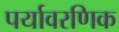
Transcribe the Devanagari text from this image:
पर्यावरणिक